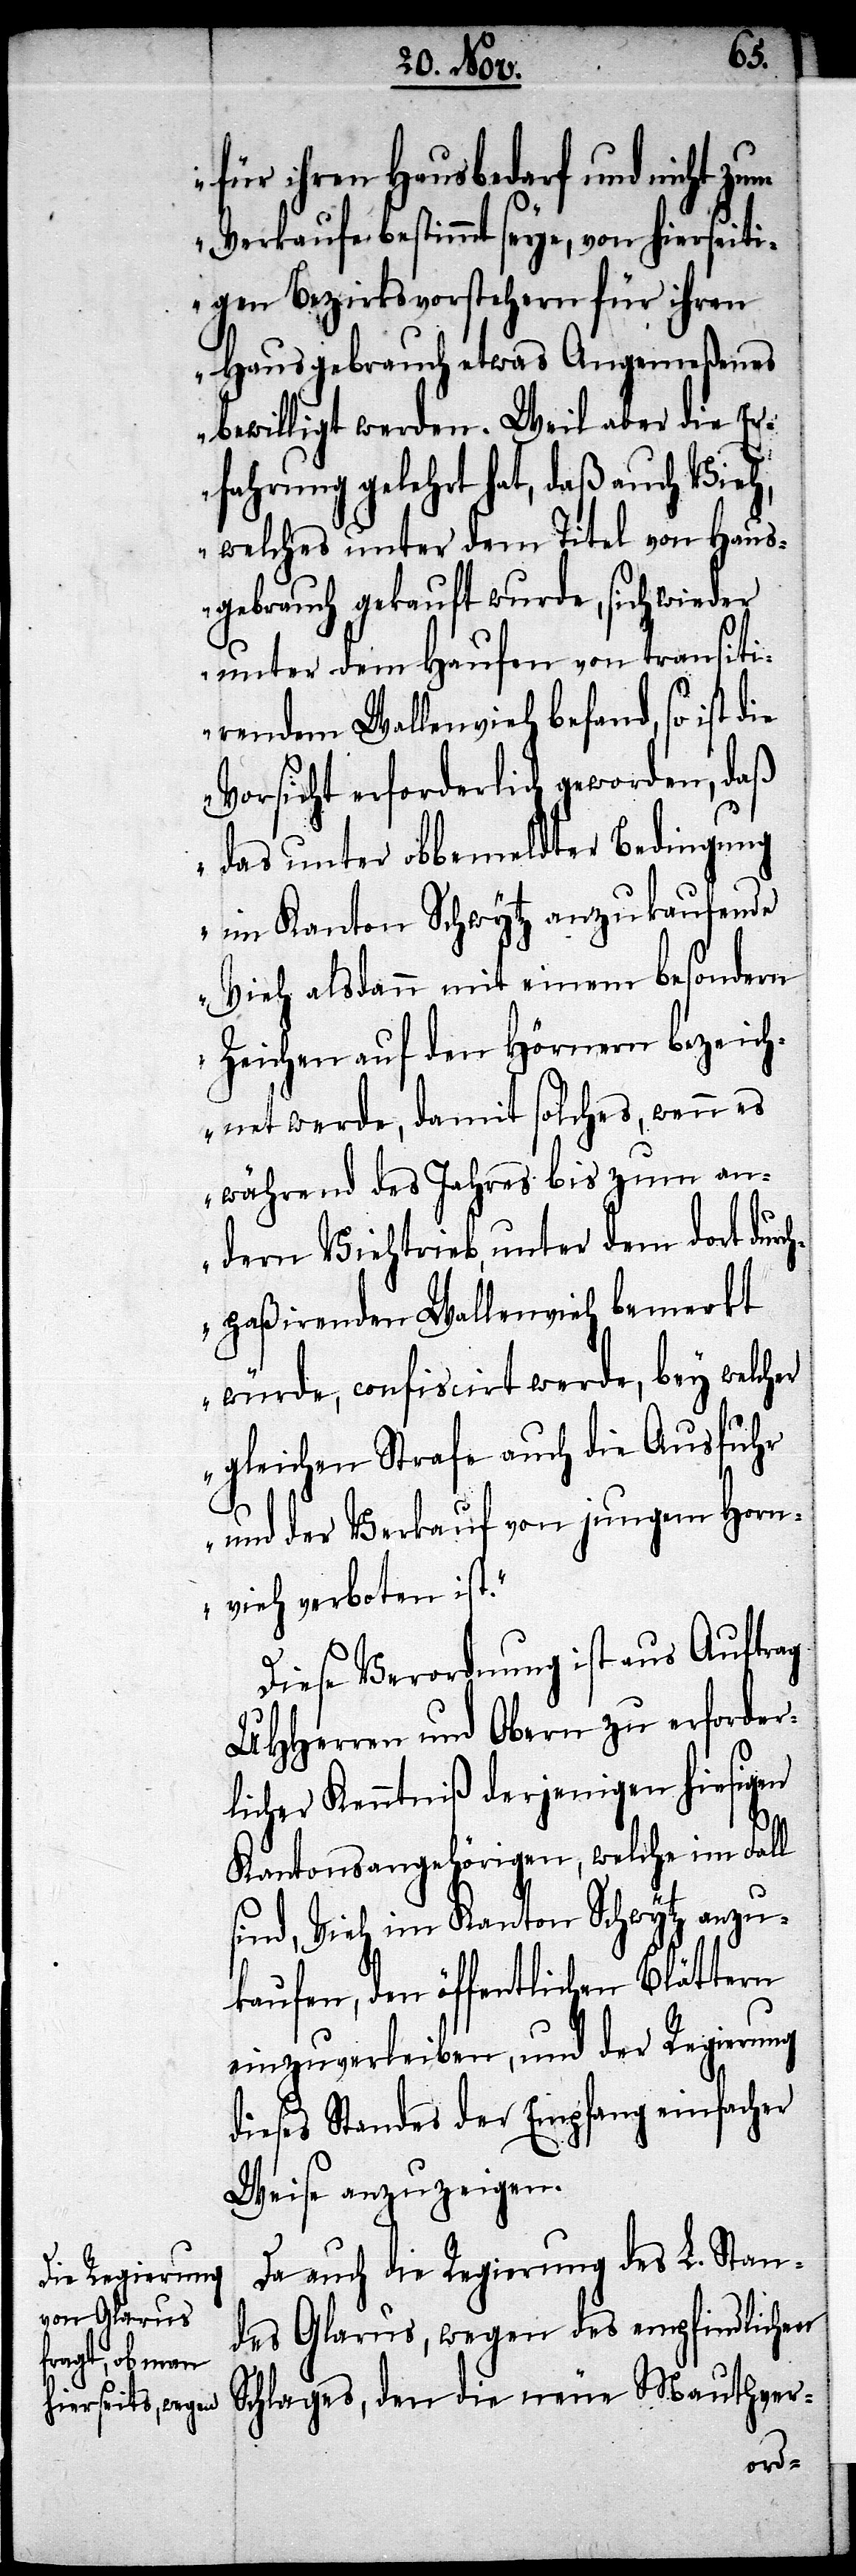
für ihren Hausbedarf und nicht zum
Verkaufe bestimmt seye, von hierseiti¬
gen Bezirksvorstehern für ihren
Hausgebrauch etwas Angemeßenes
bewilligt werden. Weil aber die E¬
rfahrung gelehrt hat, daß auch Vieh,
welches unter dem Titel von Haus¬
gebrauch gekauft wurde, sich wieder
unter dem Haufen von transiti¬
rendem Wallenvieh befand, so ist
Vorsicht erforderlich geworden, daß
das unter obbemeldte Bedingung
im Kanton Schwytz anzukaufende
Vieh alsdann mit einem besondern
Zeichen auf den Hörnern bezeich¬
net werde, damit solches, wenn es
während des Jahres bis zum an¬
dern Viehtrieb, unter dem dort durc¬
hpaßirenden Wallenvieh bemerkt
würde, confiscirt werde, bey welcher
gleichen Strafe auch die Ausfuhr
und der Verkauf von jungem Horn¬
vieh verboten ist.“
Diese Verordnung ist aus Auftrag
UHHerren und Obern zu erforder¬
licher Kenntniß derjenigen hiesigen
Kantonsangehörigen, welche im Fall
sind, Vieh im Kanton Schwytz anzu¬
kaufen, den öffentlichen Blättern
einzuverleiben, und der Regierung
dieses Standes der Empfang einfacher
Weise anzuzeigen.